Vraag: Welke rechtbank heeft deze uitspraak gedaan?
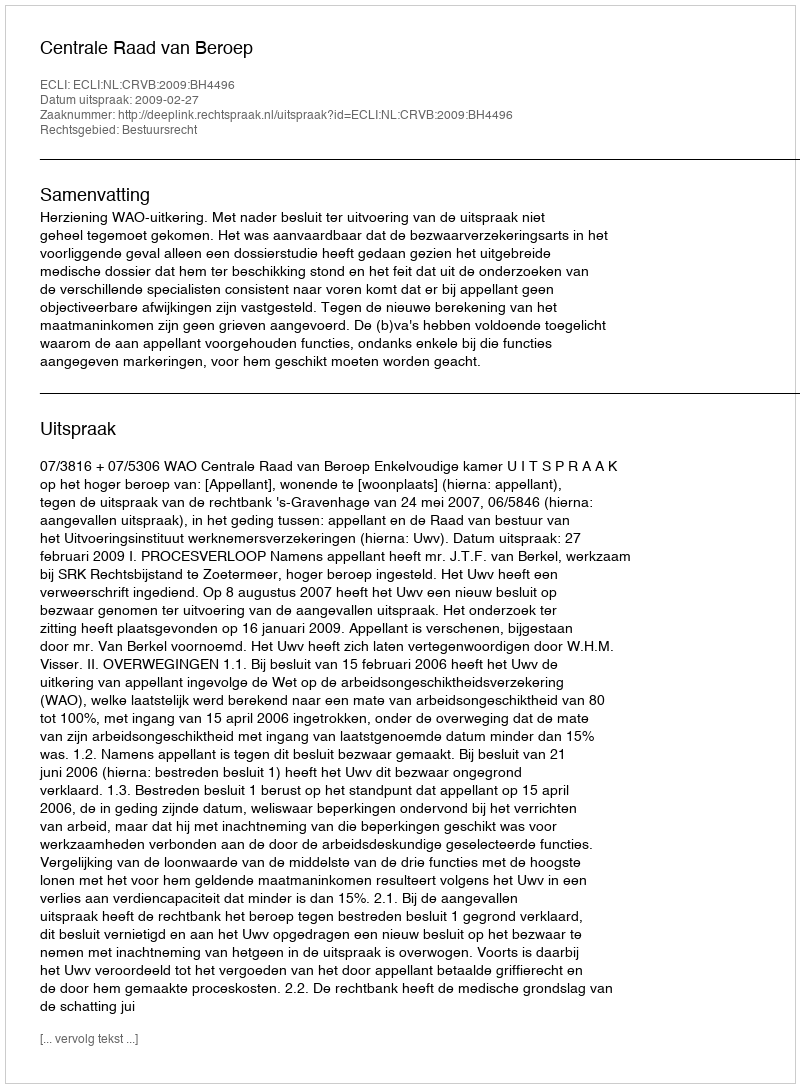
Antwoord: Centrale Raad van Beroep